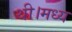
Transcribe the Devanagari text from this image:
थी।मध्य